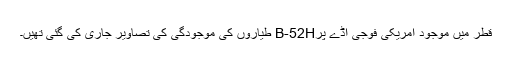
قطر میں موجود امریکی فوجی اڈے پرB-52H طیاروں کی موجودگی کی تصاویر جاری کی گئی تھیں۔